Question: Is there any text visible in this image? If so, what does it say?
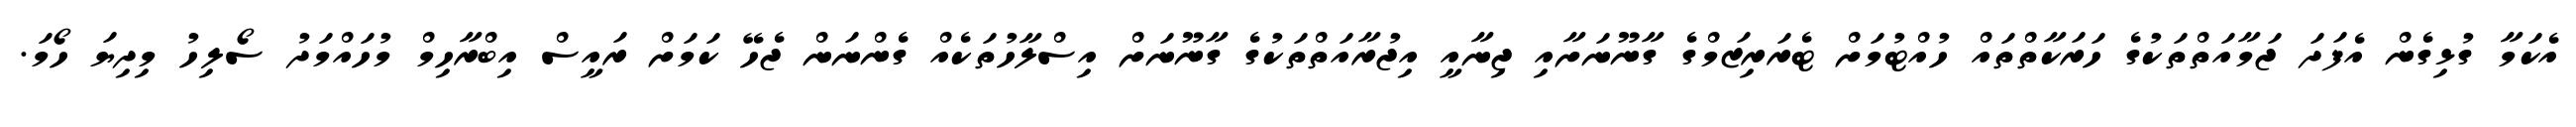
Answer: އެކަމާ ގުޅިގެން އެފަދަ ޖަމާއަތްތަކުގެ ހަރަކާތްތައް ހުއްޓުމަށް ޓެރަރިޒަމްގެ ގާނޫނަށާއި ޖިނާއީ އިޖުރާއަތްތަކުގެ ގާނޫނަށް އިސްލާހުތަކެއް ގެންނަން ޖެހޭ ކަމަށް ރައީސް އިބްރާހިމް މުހައްމަދު ސޯލިހު މިދިޔަ ހޯމަ.